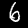
Label: 6